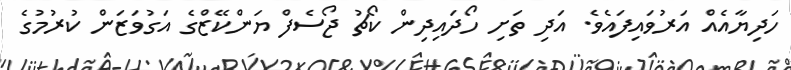
ހަދިޔާއެއް އަރުވައިފައެވެ. އަދި ތަށި ހޯދައިދިން ކޯޗު ޖޯސެފް ޔަންކޭޒްގެ އަގުވަޒަން ކުރުމުގެ